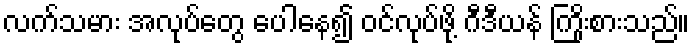
လက်သမား အလုပ်တွေ ပေါနေ၍ ဝင်လုပ်ဖို့ ဂီဒီယန် ကြိုးစားသည်။